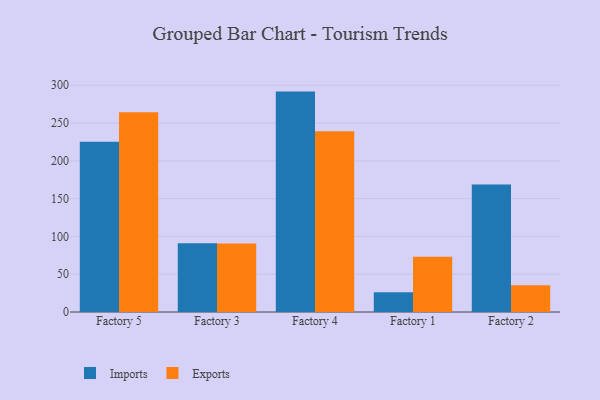
{"axis": {"x": "Factory", "y": "Waste Production (Tons)"}, "legend": ["Exports", "Imports"], "data": [{"x": "Factory 5", "y": 225.1, "type": "Imports"}, {"x": "Factory 5", "y": 264.3, "type": "Exports"}, {"x": "Factory 3", "y": 90.8, "type": "Imports"}, {"x": "Factory 3", "y": 90.6, "type": "Exports"}, {"x": "Factory 4", "y": 291.6, "type": "Imports"}, {"x": "Factory 4", "y": 239.2, "type": "Exports"}, {"x": "Factory 1", "y": 26.2, "type": "Imports"}, {"x": "Factory 1", "y": 73.1, "type": "Exports"}, {"x": "Factory 2", "y": 168.7, "type": "Imports"}, {"x": "Factory 2", "y": 35.3, "type": "Exports"}]}